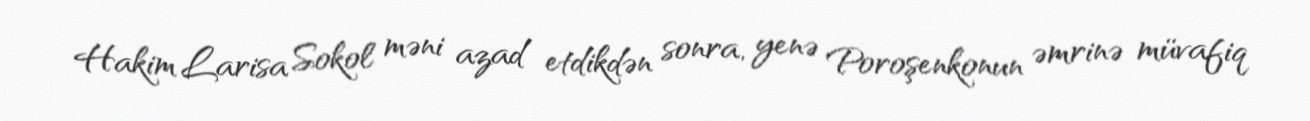
Hakim Larisa Sokol məni azad etdikdən sonra, yenə Poroşenkonun əmrinə müvafiq